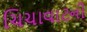
ચિચાવાટની